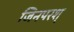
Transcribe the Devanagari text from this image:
जिनपरश्